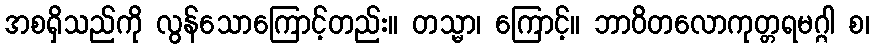
အစရှိသည်ကို လွန်သောကြောင့်တည်း။ တသ္မာ၊ ကြောင့်။ ဘာဝိတလောကုတ္တရမဂ္ဂါ စ၊